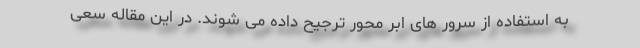
به استفاده از سرور های ابر محور ترجیح داده می شوند. در این مقاله سعی